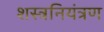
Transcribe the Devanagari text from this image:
शस्त्रनियंत्रण